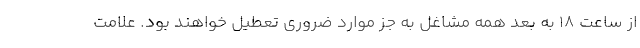
از ساعت ۱۸ به بعد همه مشاغل به جز موارد ضروری تعطیل خواهند بود. علامت